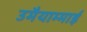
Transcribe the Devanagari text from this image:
उमैयाम्माई